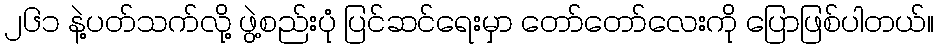
၂၆၁ နဲ့ပတ်သက်လို့ ဖွဲ့စည်းပုံ ပြင်ဆင်ရေးမှာ တော်တော်လေးကို ပြောဖြစ်ပါတယ်။